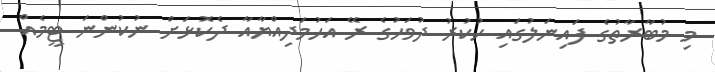
މި މުބާރާތުގެ ފައިނަލުގައި ހުކުރު ދުވަހުގެ ރޭ އަހުމަދިއްޔާއާ ދެކޮޅަށް ނުކުންނަ ޓީމެއް